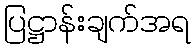
ပြဋ္ဌာန်းချက်အရ